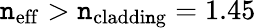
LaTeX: \mathtt{n}_{\mathrm{{eff}}}>\mathtt{n}_{\mathrm{{claddi\mathtt{n}g}}}=1.45